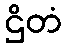
ဌိတံ